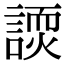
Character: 𬢽